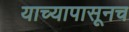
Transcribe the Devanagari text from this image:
याच्यापासूनच